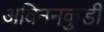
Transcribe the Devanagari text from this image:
अविननकुडी